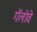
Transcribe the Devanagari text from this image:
गॅलोवे